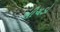
ખીચડો